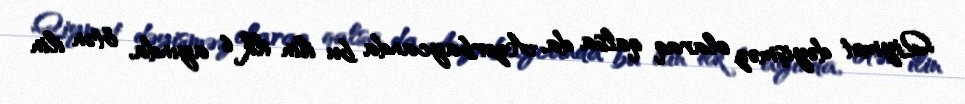
Qiymət dəyişməz olaraq qalsa da, Azərbaycanda bu ilin ilk 6 ayında, ötən ilin